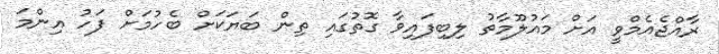
ރާއްޖެއެމްވީ އަށް މައުލޫމާތު ލިބިފައިވާ ގޮތުގައި ތިން ބަޔަކަށް ބެހުމަށް ފަހު އިންމަ